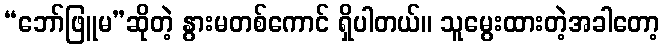
“ဘော်ဖြူမ”ဆိုတဲ့ နွားမတစ်ကောင် ရှိပါတယ်။ သူမွေးထားတဲ့အခါတော့